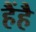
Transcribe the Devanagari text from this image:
हैंहै